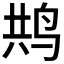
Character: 𮭥